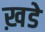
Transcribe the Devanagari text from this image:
ख़डे